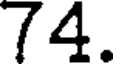
74.